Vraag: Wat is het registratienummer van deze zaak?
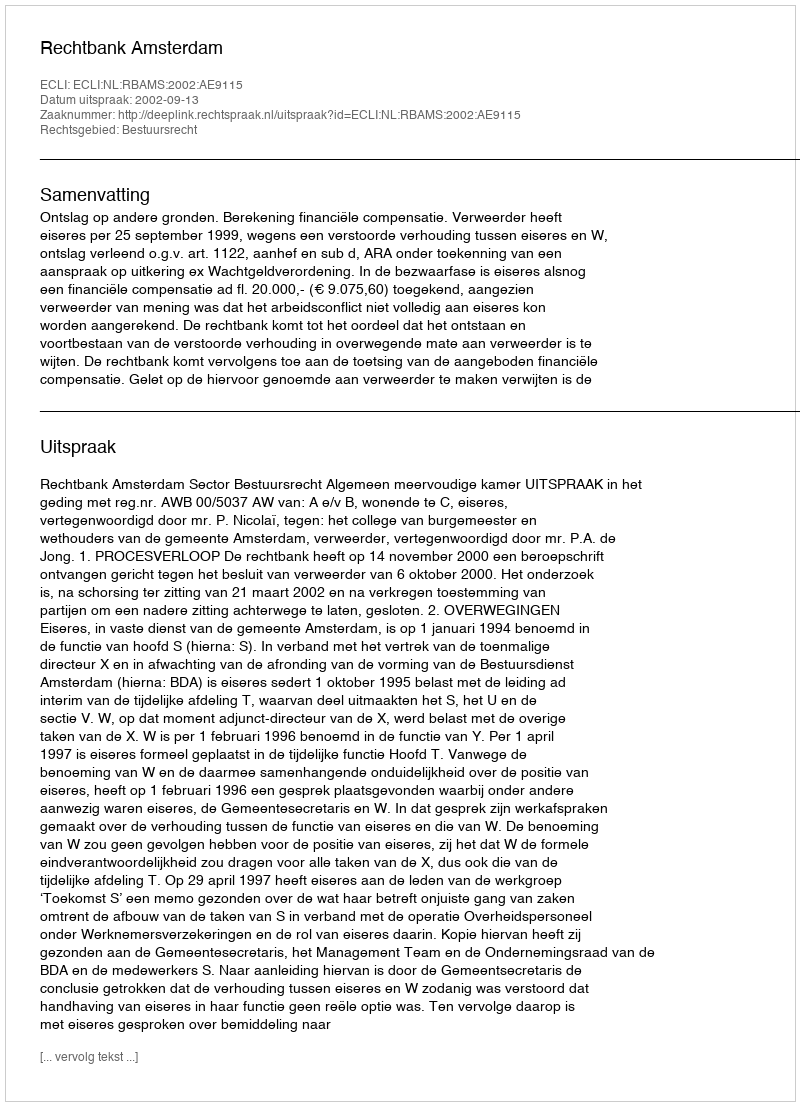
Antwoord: http://deeplink.rechtspraak.nl/uitspraak?id=ECLI:NL:RBAMS:2002:AE9115